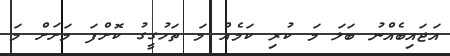
އަޖައިބެއްނު ބަލަ މަ ކުރި ކަމެއް މަ ތަހުގީގު ކޮށްފަ މަށަށް މަ